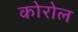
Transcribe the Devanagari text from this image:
कोरोल